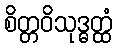
စိတ္တဝိသုဒ္ဓတ္ထံ